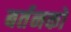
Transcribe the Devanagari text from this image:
बर्तनको